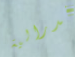
فدرالية